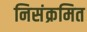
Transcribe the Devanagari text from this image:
निसंक्रमित